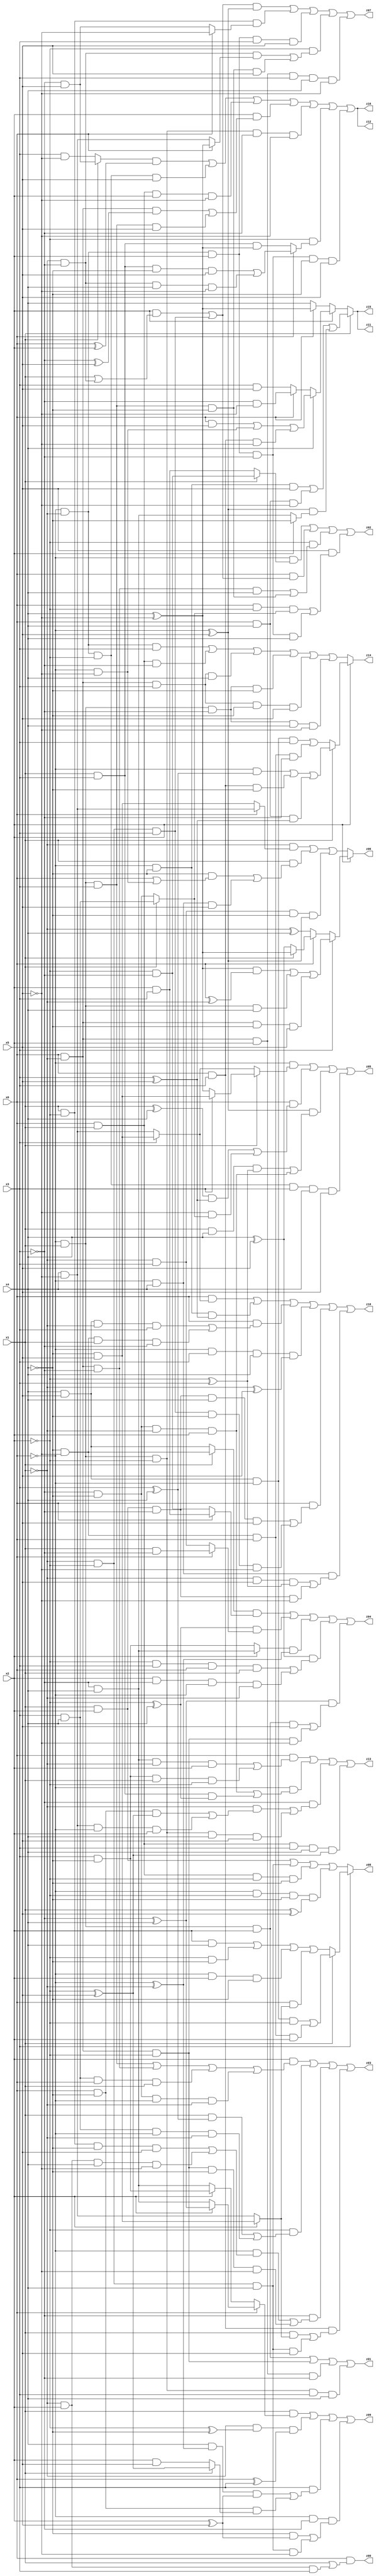
// Benchmark "q_2" written by ABC on Tue Jul 11 01:51:36 2023

module q_2 ( 
    x0, x1, x2, x3, x4, x5,
    z00, z01, z02, z03, z04, z05, z06, z07, z08, z09, z10, z11, z12, z13,
    z14, z15, z16  );
  input  x0, x1, x2, x3, x4, x5;
  output z00, z01, z02, z03, z04, z05, z06, z07, z08, z09, z10, z11, z12, z13,
    z14, z15, z16;
  assign z00 = x0 & (x1 | (~x1 & x2 & x3));
  assign z01 = (~x0 & x1 & x2) | (x0 & ~x1 & ~x2) | (x0 & ~x1 & x2 & ~x3) | (~x0 & x1 & ~x2 & x3 & x4);
  assign z02 = (~x0 & (x1 ? (~x2 & ~x3) : (x2 & x3))) | (x0 & ((x2 & (x1 | (~x1 & ~x3))) | (~x1 & ~x2 & x3))) | (~x2 & ((x0 & ~x1 & ~x3 & x4) | (~x0 & x1 & x3 & ~x4))) | (x5 & ((x0 & ~x2 & (x1 ? (x3 & x4) : (~x3 & ~x4))) | (~x0 & ~x1 & x2 & ~x3 & x4)));
  assign z03 = (x2 & ((~x0 & x1 & x3) | (x0 & ~x1 & ~x3) | (x3 & x4 & x0 & x1) | (~x3 & ~x4 & ~x0 & ~x1))) | (~x2 & ((x1 & (x3 ^ x4)) | (x3 & x4 & ~x0 & ~x1))) | (~x3 & ((~x0 & ((x1 & ~x2 & ~x4 & x5) | (~x1 & x2 & x4 & ~x5))) | (x0 & ~x1 & ~x2 & ~x4 & ~x5))) | (x0 & x3 & ((x1 & (x2 ? (~x4 & x5) : (x4 & ~x5))) | (~x1 & ~x2 & x4 & x5)));
  assign z04 = ((x1 ? (~x4 & ~x5) : (x4 & x5)) & (x0 ? (x2 & x3) : (~x2 & ~x3))) | ((~x2 ^ x4) & (x0 ? (x1 & ~x3) : (~x1 & x3))) | ((x2 ? (~x3 & x4) : (x3 & ~x4)) & (~x0 ^ ~x1)) | ((x4 ^ x5) & ((~x2 & x3 & x0 & x1) | (x2 & ~x3 & ~x0 & ~x1))) | ((~x3 ^ x4) & ((~x0 & x1 & x2 & x5) | (x0 & ~x1 & ~x2 & ~x5)));
  assign z05 = (~x0 & (x1 ? (x3 ? (~x4 & x5) : (x4 ^ ~x5)) : (x3 ? (~x4 & x5) : (x4 & ~x5)))) | (x0 & (((x1 ^ x4) & (x3 ^ x5)) | (~x5 & (x1 ? (x3 & x4) : (~x3 & ~x4))))) | ((~x0 ^ x5) & ((x1 & x4 & (~x2 ^ x3)) | (~x3 & ~x4 & ~x1 & x2))) | (~x0 & ~x1 & ~x2 & x3 & x4 & x5);
  assign z06 = x2 ? (x3 ? (((x4 ^ ~x5) & (x0 ^ ~x1)) | (~x0 & x1 & x4) | (x0 & ~x1 & ~x4 & x5)) : (x0 ? (x1 ? (x4 ^ ~x5) : (x4 ^ x5)) : (~x1 ^ x4))) : ((~x1 & (x0 ? (x4 & ~x5) : (~x4 & x5))) | (x1 & ((~x4 & (x0 | (~x0 & ~x5))) | (~x0 & x4 & x5))) | (~x1 & x3 & ~x4 & (~x0 ^ x5)));
  assign z07 = (((x2 & (x1 | (~x1 & ~x3))) | (~x1 & ~x2 & x3)) & (~x0 ^ x5)) | (x1 & ~x2 & (x0 ? ~x5 : (~x3 & x5))) | (~x0 & ~x1 & x2 & x3 & x5) | (~x2 & ((~x1 & ~x3 & (x0 ? (x4 ^ ~x5) : (x4 & ~x5))) | (~x0 & x1 & x3 & ~x4 & x5))) | (x0 & ~x1 & x2 & x3 & x4 & ~x5);
  assign z08 = x3 ? (x1 ? ((x4 & x5 & ~x0 & ~x2) | (~x4 & ~x5 & x0 & x2)) : ((x2 & x4) | (~x2 & ~x4) | (~x0 & x2 & ~x4) | (x0 & (x2 ? (~x4 & x5) : (x4 & ~x5))))) : ((x1 & x2) | (~x1 & ~x2 & x4) | (x0 & x1 & ~x2 & ~x4) | (~x0 & ~x2 & ~x4 & (x1 ^ x5)));
  assign z09 = (x1 & (x0 ? (x2 ? (~x3 ^ x4) : (~x3 & x4)) : (x2 ? (x3 & ~x4) : (~x3 & x4)))) | (~x1 & (~x2 ^ ~x4) & (x0 ^ x3)) | (x3 & ((x4 & (~x0 ^ ~x1) & (x2 ^ x5)) | (x0 & ~x4 & (x1 ? (~x2 ^ x5) : (x2 & x5))))) | (~x0 & ~x3 & ((~x4 & (x2 ^ x5)) | (~x1 & ~x2 & x4 & ~x5)));
  assign z10 = (x0 & (x3 ? (~x4 & x5) : (x4 & ~x5))) | (~x0 & ~x4 & (x3 ^ x5)) | (x0 & ((x4 & x5 & ~x1 & x3) | (~x4 & ~x5 & x1 & ~x3))) | (~x0 & x3 & x4 & (~x1 ^ x5)) | (x0 & ((x1 & x2 & ~x3 & x4 & x5) | (~x1 & ~x2 & x3 & ~x4 & ~x5))) | (~x0 & x4 & ((~x1 & x5 & (~x2 ^ x3)) | (x1 & x2 & ~x3 & ~x5)));
  assign z11 = x1 ? ((~x0 & ~x4 & x5) | (x0 & x4 & ~x5) | ((~x0 ^ x5) & (x2 ? ~x4 : (~x3 & x4)))) : (x2 ? (x4 ? ((x0 & x5) | (~x0 & ~x5) | (x0 & x3 & ~x5)) : (x0 ? (~x3 & ~x5) : (x3 & x5))) : (x0 ? (x4 ^ ~x5) : x4));
  assign z12 = ((x1 ? (~x3 & x5) : (x3 & ~x5)) & (x0 ^ x2)) | (~x0 & ~x1 & ~x2 & x5) | (x0 & x1 & x2 & ~x5) | (x2 & ((x0 & ~x1 & (~x3 ^ x5)) | (~x0 & x1 & x3 & x5))) | (~x0 & x1 & ~x2 & ~x3 & ~x5) | (~x2 & (x0 ? ((x1 & x3 & ~x4 & x5) | (~x1 & ~x3 & x4 & ~x5)) : (x1 & x3 & (x4 ^ ~x5)))) | (~x0 & ~x1 & x2 & ~x3 & ~x4 & x5);
  assign z13 = (x0 & ((~x3 & x4 & ~x1 & x2) | (x3 & ~x4 & x1 & ~x2))) | (~x0 & ((~x3 & ~x4 & ~x1 & x2) | (x1 & x3 & (~x2 ^ x4)))) | (~x3 & ((~x1 & ((x0 & ~x4 & (~x2 ^ x5)) | (x4 & ~x5 & ~x0 & x2))) | (~x0 & x1 & ~x2 & x4 & x5))) | (x0 & x1 & x3 & x4 & (~x2 ^ x5));
  assign z14 = x2 ? (x1 ? ((~x0 & (x3 ^ x4)) | (x0 & x3 & ~x4) | (x0 & x4 & (x3 ^ x5))) : ((x4 & x5 & ~x0 & x3) | (~x4 & ~x5 & x0 & ~x3))) : ((~x0 & ~x1 & x3) | (x0 & x1 & ~x3) | (x0 & ~x1 & x3 & x4) | (~x0 & x1 & ~x3 & ~x4) | (x0 & ~x1 & x3 & ~x4 & x5) | (~x0 & x1 & ~x3 & x4 & ~x5));
  assign z15 = x1 ? ((~x0 & ~x4 & x5) | (x0 & x4 & ~x5) | ((~x0 ^ x5) & (x2 ? ~x4 : (~x3 & x4)))) : (x2 ? (x4 ? ((x0 & x5) | (~x0 & ~x5) | (x0 & x3 & ~x5)) : (x0 ? (~x3 & ~x5) : (x3 & x5))) : (x0 ? (x4 ^ ~x5) : x4));
  assign z16 = ((x1 ? (~x3 & x5) : (x3 & ~x5)) & (x0 ^ x2)) | (~x0 & ~x1 & ~x2 & x5) | (x0 & x1 & x2 & ~x5) | (x2 & ((x0 & ~x1 & (~x3 ^ x5)) | (~x0 & x1 & x3 & x5))) | (~x0 & x1 & ~x2 & ~x3 & ~x5) | (~x2 & (x0 ? ((x1 & x3 & ~x4 & x5) | (~x1 & ~x3 & x4 & ~x5)) : (x1 & x3 & (x4 ^ ~x5)))) | (~x0 & ~x1 & x2 & ~x3 & ~x4 & x5);
endmodule